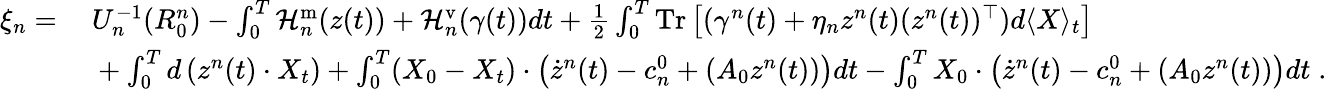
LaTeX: \begin{array}{rl}{\xi_{n}=}&{~U_{n}^{-1}(R_{0}^{n})-\int_{0}^{T}\mathcal{H}_{n}^{\mathrm{m}}(z(t))+\mathcal{H}_{n}^{\mathrm{v}}(\gamma(t))dt+\frac 12\int_{0}^{T}\mathrm{Tr}\left[(\gamma^{n}(t)+\eta_{n}z^{n}(t)(z^{n}(t))^{\top})d\langle X\rangle_{t}\right]}\\ &{~+\int_{0}^{T}d\left(z^{n}(t)\cdot X_{t}\right)+\int_{0}^{T}(X_{0}-X_{t})\cdot\left(\dot{z}^{n}(t)-c_{n}^{0}+(A_{0}z^{n}(t))\right)dt-\int_{0}^{T}X_{0}\cdot\left(\dot{z}^{n}(t)-c_{n}^{0}+(A_{0}z^{n}(t))\right)dt\; .}\end{array}